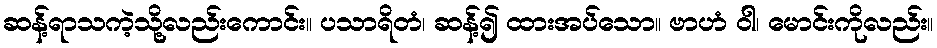
ဆန့်ရာသကဲ့သို့လည်းကောင်း။ ပသာရိတံ၊ ဆန့်၍ ထားအပ်သော။ ဗာဟံ ဝါ၊ မောင်းကိုလည်း။